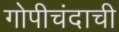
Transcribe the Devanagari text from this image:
गोपीचंदाची